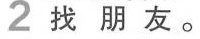
2找朋友。